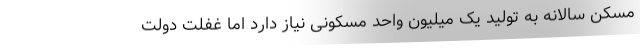
مسکن سالانه به تولید یک میلیون واحد مسکونی نیاز دارد اما غفلت دولت